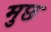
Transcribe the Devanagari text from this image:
मुछ